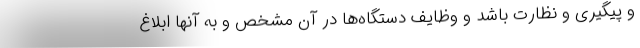
و پیگیری و نظارت باشد و وظایف دستگاه‌ها در آن مشخص و به آنها ابلاغ